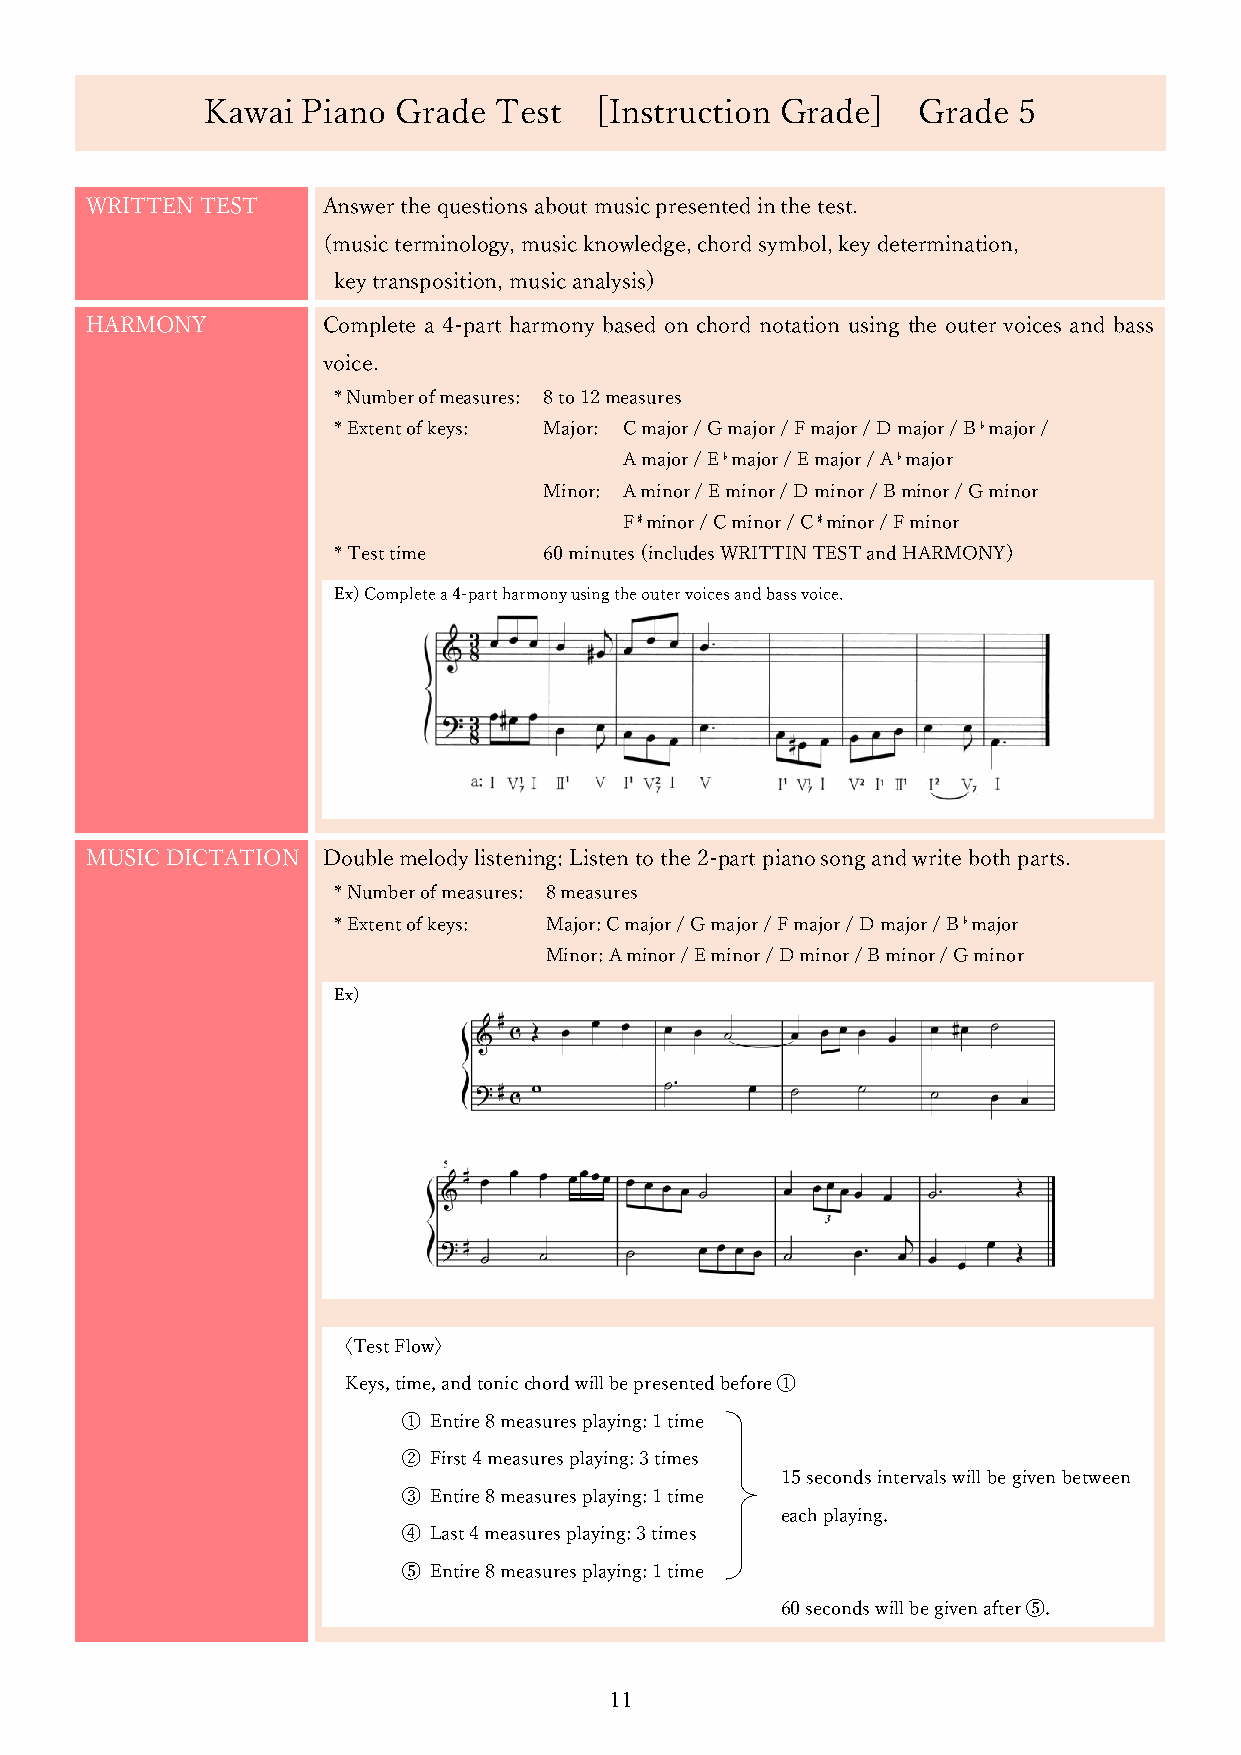
Kawai Piano Grade  Test  [Instruction Grade]   Grade 5
 WRITTEN TEST   Answer the questions about music presented in the test.
 (music terminology, music knowledge, chord symbol, key determination,
 key transposition, music analysis)
 HARMONY        Complete a 4-part harmony based on chord notation using the outer voices and bass
 voice.
 * Number of measures: 8 to 12 measures
 * Extent of keys: Major: C major / G major / F major / D major / B♭major /
 A major / E♭major / E major / A♭major
 Minor: A minor / E minor / D minor / B minor / G minor
 F♯minor / C minor / C♯minor / F minor
 * Test time   60 minutes (includes WRITTIN TEST and HARMONY)
 Ex) Complete a 4-part harmony using the outer voices and bass voice.
 MUSIC DICTATION Double melody listening: Listen to the 2-part piano song and write both parts.
 * Number of measures: 8 measures
 * Extent of keys: Major: C major / G major / F major / D major / B♭major
 Minor: A minor / E minor / D minor / B minor / G minor
 Ex)
 〈Test Flow〉
 Keys, time, and tonic chord will be presented before ①
 ① Entire 8 measures playing: 1 time
 ② First 4 measures playing: 3 times
 15 seconds intervals will be given between
 ③ Entire 8 measures playing: 1 time
 each playing.
 ④ Last 4 measures playing: 3 times
 ⑤ Entire 8 measures playing: 1 time
 60 seconds will be given after ⑤.
 11